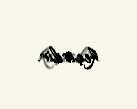
keçirilir.